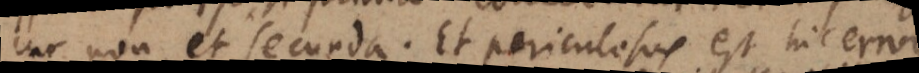
cur non et secunda. Et periculosus est hic error